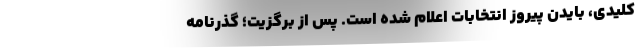
کلیدی، بایدن پیروز انتخابات اعلام شده است. پس از برگزیت؛ گذرنامه